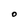
Character: O